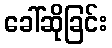
ခေါ်ဆိုခြင်း